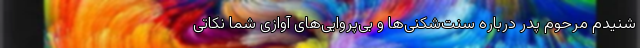
شنیدم مرحوم پدر درباره سنت‌شکنی‌ها و بی‌پروایی‌های آوازی شما نکاتی